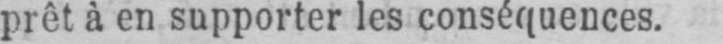
prêt à en supporter les conséquences.